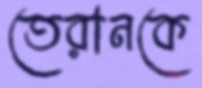
তেরানকে